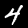
Digit: 4